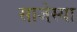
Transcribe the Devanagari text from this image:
साजेस्या